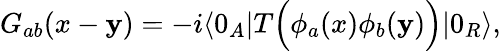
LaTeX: G_{ab}(x-\mathbf{y})=-i\langle0_{A}|T\Big(\phi_{a}(x)\phi_{b}(\mathbf{y})\Big)|0_{R}\rangle,